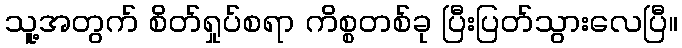
သူ့အတွက် စိတ်ရှုပ်စရာ ကိစ္စတစ်ခု ပြီးပြတ်သွားလေပြီ။